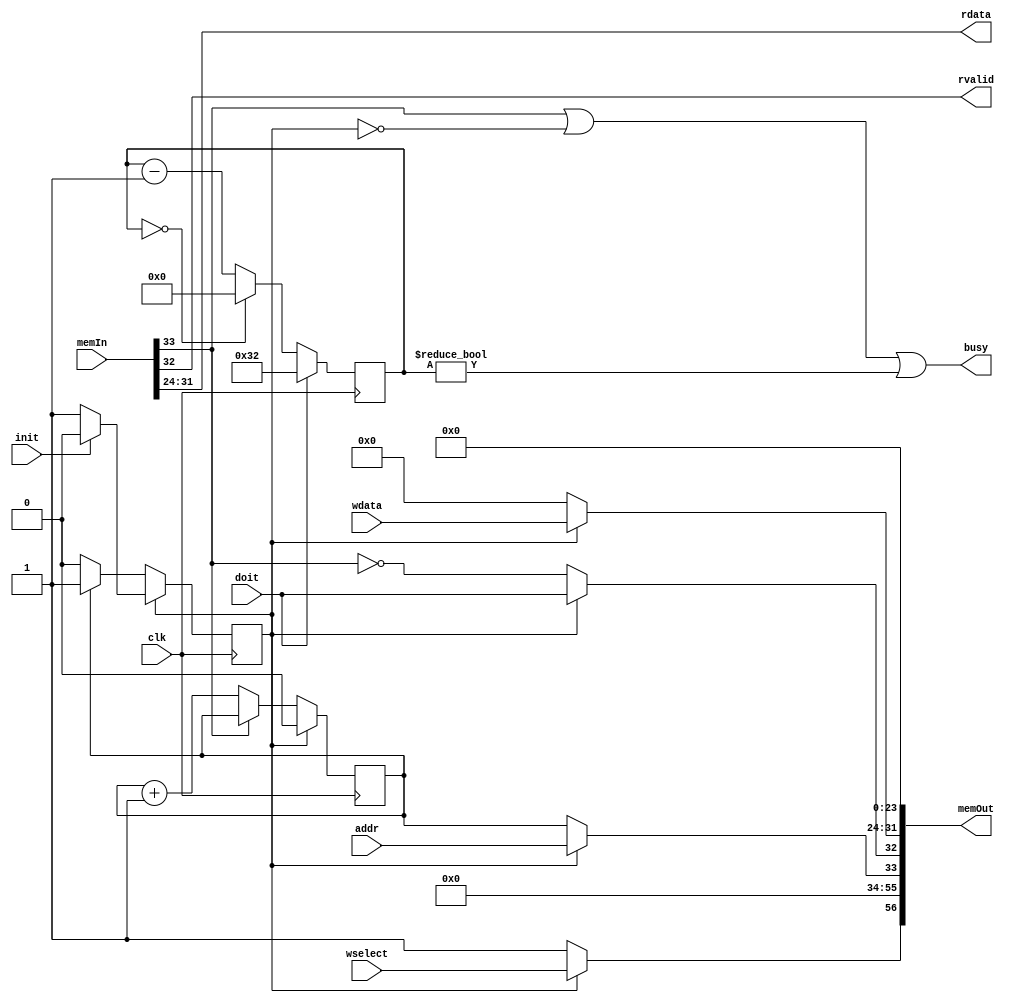
module mem_real_adaptor #(parameter logsize = 1)
   (
    input             clk,
      
    // connect to sdram controller
    output [56:0]     memOut,
    input [33:0]      memIn,
   
    // connect to bf interpreter
    input             init,
    input [1:logsize] addr,
    input [1:8]       wdata,
    input             wselect,
    input             doit,
    output            busy,
    output            rvalid,
    output [1:8]      rdata
    );
   
   localparam Init = 0;
   localparam Run = 1;

   always @(posedge clk) mode = xmode;
   always @(posedge clk) icount = xicount;
   
   reg                mode;
   wire               isInit = (mode==Init);
   wire               xmode = isInit
                      ? (&icount ? Run : Init) 
                      : (init ? Init : Run);

   reg [1:logsize]    icount;
   wire [1:logsize]   xicount = 
                      isInit 
                      ? (mem_busy ? icount : icount + 1)
                      : 0;

   wire [1:logsize]   mem_sig_addr  = isInit ? icount    : addr;
   wire [1:8]         mem_sig_wdata = isInit ? 8'b0      : wdata;
   wire               mem_doit      = isInit ? !mem_busy : doit;
   wire               mem_wselect   = isInit ? 1'b1      : wselect;

   // Currently we use only 1 byte of the 4 available at each address
   // read/written via the sdram controller. We could use all 4 bytes
   // by muxing with 2 bits of our address.

   wire [1:23]        mem_addr = {{23-logsize{1'b0}}, mem_sig_addr};
   wire [1:32]        mem_wdata = {mem_sig_wdata, 24'b0}; //write 1 byte of 4

   assign memOut   = {mem_wselect, mem_addr, mem_doit, mem_wdata};

   wire               mem_busy = memIn[33];
   
   assign busy     = mem_busy | isInit | mywait!=0 ;
   assign rvalid   = memIn[32];
   assign rdata    = memIn[31-:8]; //read 1 byte of 4
   
   // There's some problem with the underlying sdram controller!
   // Specifically, when doing a write followed by a read at a given
   // address.  Work around by waiting a fixed number of cyles after
   // every operation. 50 seems enough. 20 not so.
   
   always @(posedge clk) mywait = xmywait; 
   reg [1:7]          mywait;
   wire [1:7]         xmywait = doit ? 50 : mywait==0 ? 0 : mywait-1;
   
endmodule